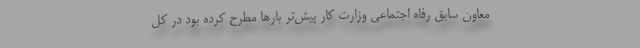
معاون سابق رفاه اجتماعی وزارت کار پیش‌تر بارها مطرح کرده بود در کل